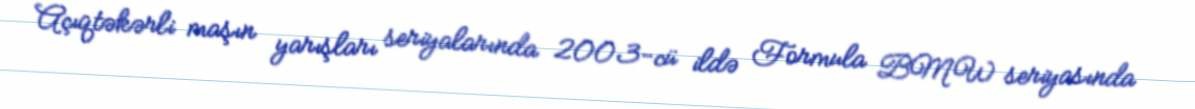
Açıqtəkərli maşın yarışları seriyalarında 2003-cü ildə Formula BMW seriyasında